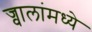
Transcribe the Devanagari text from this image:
ज्वालांमध्ये